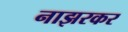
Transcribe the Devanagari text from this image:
नाझरकर